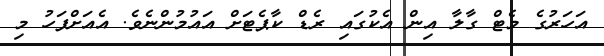
އަހަރުގެ މެޓް ގާލާ އިން އެކުގައި ރެޑް ކާޕެޓަށް އައުމުންނެވެ. އެއަށްފަހު މި